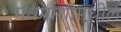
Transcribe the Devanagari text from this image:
मधमाशीमधील